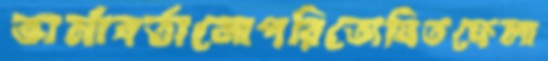
ভার্মাবর্তানোপরিতোষিতফেলা